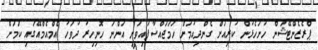
ޕްރެޒެންޓޭޝަން ހުށަހެޅުން ކުރިއަށް ގެންދިއުމަށް ހަމަޖައްސާފައިވަނީ އަންނަ ހޮނިހިރު ދުވަހު އެމްއެމްއޭގައި ކަމަށް